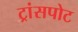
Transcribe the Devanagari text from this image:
ट्रांसपोट